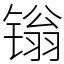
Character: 𬭩